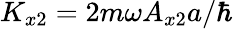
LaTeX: K_{x2}=2m\omega A_{x2}a/\hbar